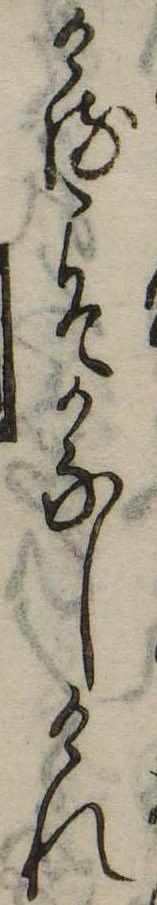
けるこそかなしけれ